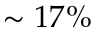
\sim 1 7 \%